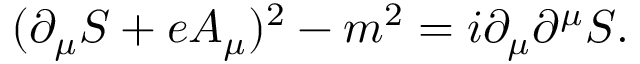
( \partial _ { \mu } S + e A _ { \mu } ) ^ { 2 } - m ^ { 2 } = i \partial _ { \mu } \partial ^ { \mu } S .